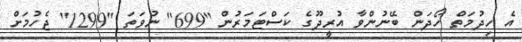
އެ ހިދުމަތް ހޯދަން ބޭނުންވާ އުރީދޫގެ ކަސްޓަމަރުން "699" ނުވަތަ "1299" ޖެހުމަށް